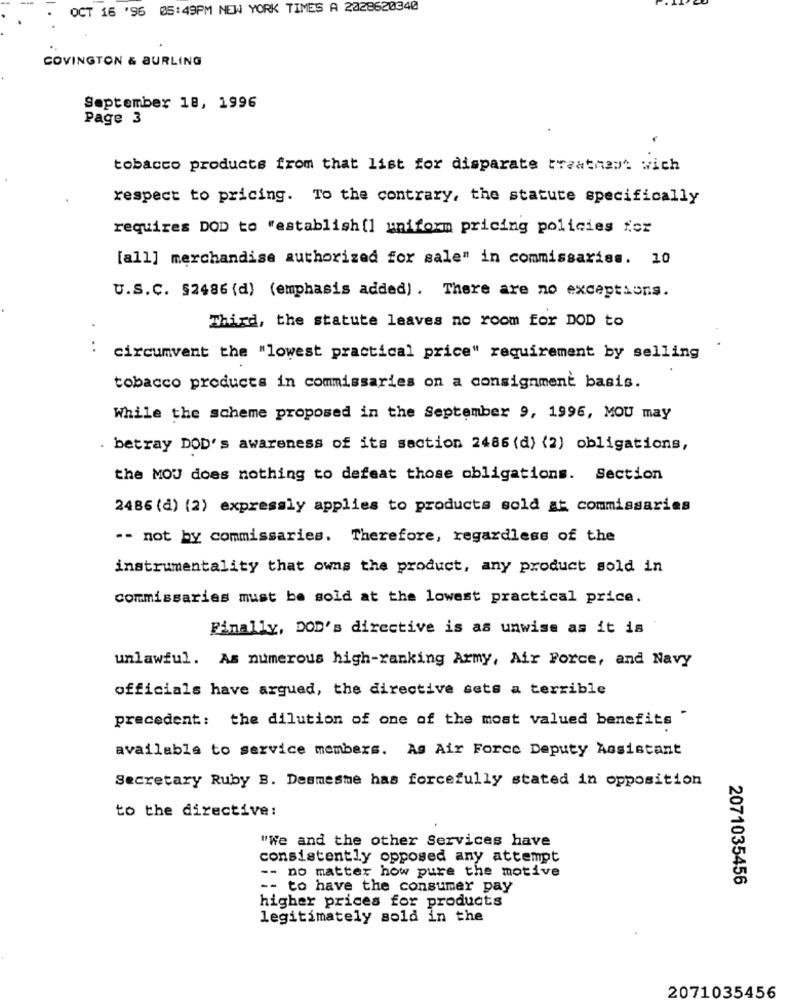
OCT 16 '95 05:49PM NEW YORK TIMES A 2028620340
COVINGTON & BURLING
September 18, 1996
Page 3
tobacco products from that list for disparate treatment wich
respect to pricing. To the contrary, the statute specifically
requires DOD to "establish[] uniform pricing policies for
[all] merchandise authorized for sale" in commissariss. 10
U.S.C. §2486 (d) (emphasis added). There are no exceptions.
Third, the statute leaves no room for DOD to
circumvent the "lowest practical price" requirement by selling
tobacco products in commissaries on a consignment basis.
While the scheme proposed in the September 9, 1996, MOU may
. betray DOD's awareness of its section 2486 (d) (2) obligations,
the MOU does nothing to defeat those obligations. Section
2486 (d) (2) expressly applies to products sold at commissarias
-- not by commissaries. Therefore, regardless of the
instrumentality that owns the product, any product sold in
commissaries must be sold at the lowest practical price.
Finally, DOD's directive is as unwise as it is
unlawful. As numerous high-ranking Army, Air Force, and Navy
officials have argued, the directive sets a terrible
precedent: the dilution of one of the most valued benefits "
available to service members. As Air Force Deputy Assistant
Secretary Ruby B. Desmesme has forcefully stated in opposition
to the directive:
"We and the other Services have
consistently opposed any attempt
-- no matter how pure the motive
2071035456
-- to have the consumer pay
higher prices for products
legitimately sold in the
2071035456